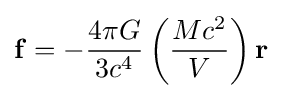
\mathbf {f} =-{4\pi G \over {3c^{4}}}\left({Mc^{2} \over V}\right)\mathbf {r}